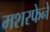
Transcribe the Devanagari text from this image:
मशरफेने